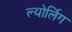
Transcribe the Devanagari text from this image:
ल्योर्लिग